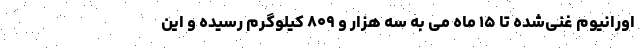
اورانیوم غنی‌‌شده تا ۱۵ ماه می به سه هزار و ۸۰۹ کیلوگرم رسیده و این